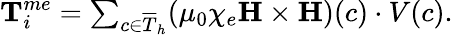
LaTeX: \begin{array}{r}{\textbf{T}_{i}^{me}=\sum_{c\in\overline{{T}}_{h}}(\mu_{0}\chi_{e}\textbf{H}\times\textbf{H})(c)\cdot V(c).}\end{array}